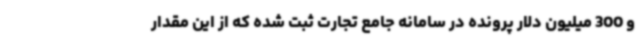
و 300 میلیون دلار پرونده در سامانه جامع تجارت ثبت شده که از این مقدار